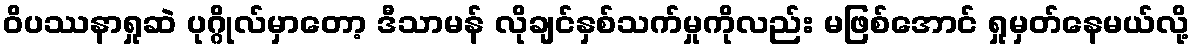
ဝိပဿနာရှုဆဲ ပုဂ္ဂိုလ်မှာတော့ ဒီသာမန် လိုချင်နှစ်သက်မှုကိုလည်း မဖြစ်အောင် ရှုမှတ်နေမယ်လို့